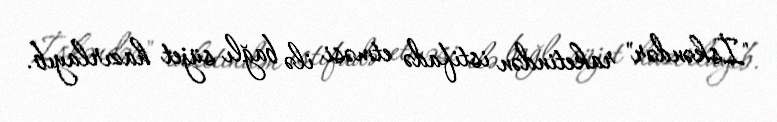
"İskəndər" raketindən istifadə etməsi ilə bağlı süjet hazırlayıb.